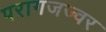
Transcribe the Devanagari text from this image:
परागजज्वर